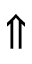
\Uparrow